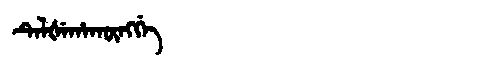
Manchu: ᡨᡝᠯᡧᡝᡥᠠᡴᡡᠩᡤᡝ
Romanization: TELŠEHAKŪNGGE